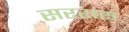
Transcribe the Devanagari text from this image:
सररास